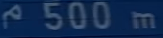
"m\